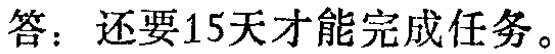
答：还要15天才能完成任务。